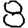
Digit: 8